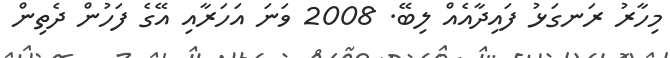
މިހާރު ރަނގަޅު ފައިދާއެއް ލިބޭ. 2008 ވަނަ އަހަރާއި އޭގެ ފަހުން ދެތިން